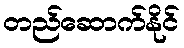
တည်ဆောက်နိုင်